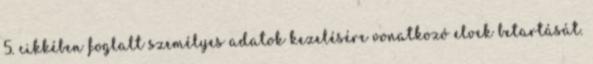
5. cikkében foglalt személyes adatok kezelésére vonatkozó elvek betartását.